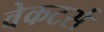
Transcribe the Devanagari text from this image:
वेकटर्स